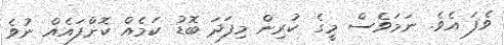
ވެފަ އެވެ. ނަމަވެސް މީގެ ކުރިން މިފަދަ ބޮޑު ކަމެއް ކޮށްފައެއް ނުވެ